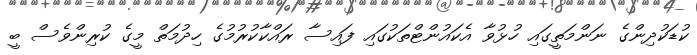
ކުޑަކުދިންގެ ނަންމަތީގައި ހުޅުވާ އެކައުންޓްތަކުގައި ފައިސާ ރައްކާކުރުމުގެ ހިދުމަތް މީގެ ކުރިންވެސް ބީ